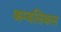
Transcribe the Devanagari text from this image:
अम्बलिकल